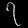
Digit: ၇